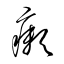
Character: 癩